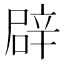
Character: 辟